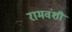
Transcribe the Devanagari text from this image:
रामवंशी